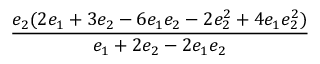
\displaystyle \frac { e _ { 2 } ( 2 e _ { 1 } + 3 e _ { 2 } - 6 e _ { 1 } e _ { 2 } - 2 e _ { 2 } ^ { 2 } + 4 e _ { 1 } e _ { 2 } ^ { 2 } ) } { e _ { 1 } + 2 e _ { 2 } - 2 e _ { 1 } e _ { 2 } }